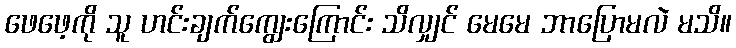
ဖေဖေ့ကို သူ ဟင်းချက်ကျွေးကြောင်း သိလျှင် မေမေ ဘာပြောမလဲ မသိ။